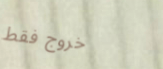
خروج فقط